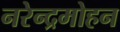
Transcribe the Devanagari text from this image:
नरेन्द्रमोहन